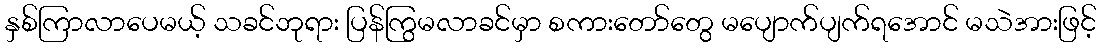
နှစ်ကြာလာပေမယ့် သခင်ဘုရား ပြန်ကြွမလာခင်မှာ စကားတော်တွေ မပျောက်ပျက်ရအောင် မသဲအားဖြင့်